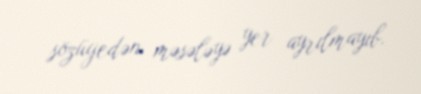
sözügedən məsələyə yer ayrılmayıb.